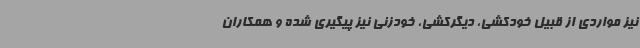
نیز مواردی از قبیل خودکشی، دیگرکشی، خودزنی نیز پیگیری شده و همکاران